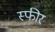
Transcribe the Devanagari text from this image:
स्फीर